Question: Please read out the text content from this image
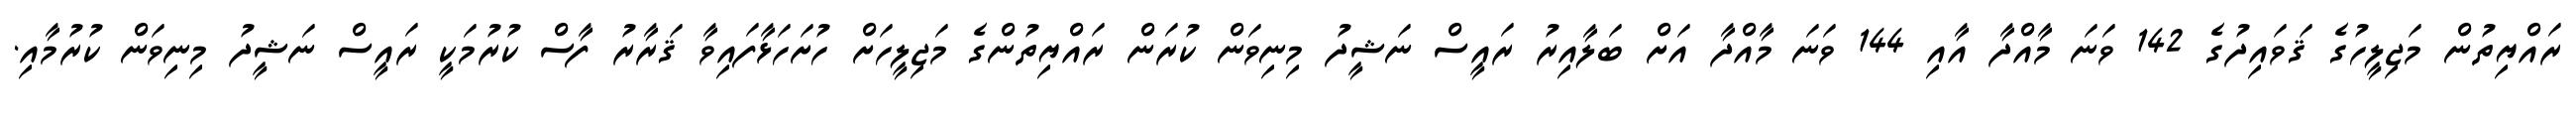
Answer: ރައްޔިތުން މަޖިލީހުގެ ޤަވައިދުގެ 142 ވަނަ މާއްދާ އާއި 144 ވަނަ މާއްދާ އަށް ބަލާއިރު ރައީސް ނަޝީދު މިނިވަން ކުރަން ރައްޔިތުންގެ މަޖިލީހަށް ހުށަހަޅާފައިވާ ޤަރާރު ފާސް ކުރުމަކީ ރައީސް ނަޝީދު މިނިވަން ކުރުމާއި.